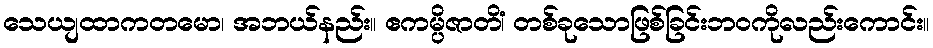
သေယျထာကတမော၊ အဘယ်နည်း။ ဧကမ္ပိဇာတိံ၊ တစ်ခုသောဖြစ်ခြင်းဘဝကိုလည်းကောင်း။